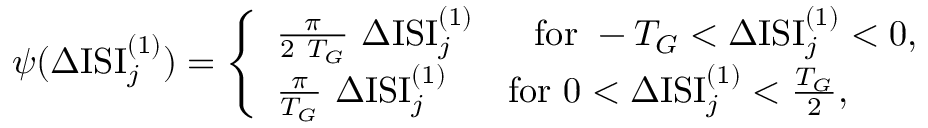
\psi ( \Delta \mathrm { I S I } _ { j } ^ { ( 1 ) } ) = \left\{ \begin{array} { l } { \frac { \pi } { 2 ~ T _ { G } } ~ \Delta \mathrm { I S I } _ { j } ^ { ( 1 ) } ~ ~ ~ ~ ~ \mathrm { f o r } ~ - { T _ { G } } < \Delta \mathrm { I S I } _ { j } ^ { ( 1 ) } < 0 , } \\ { \frac { \pi } { T _ { G } } ~ \Delta \mathrm { I S I } _ { j } ^ { ( 1 ) } ~ ~ ~ ~ ~ \mathrm { f o r } ~ 0 < \Delta \mathrm { I S I } _ { j } ^ { ( 1 ) } < { \frac { T _ { G } } { 2 } } , } \end{array} \right.